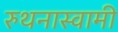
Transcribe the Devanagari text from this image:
रुथनास्वामी